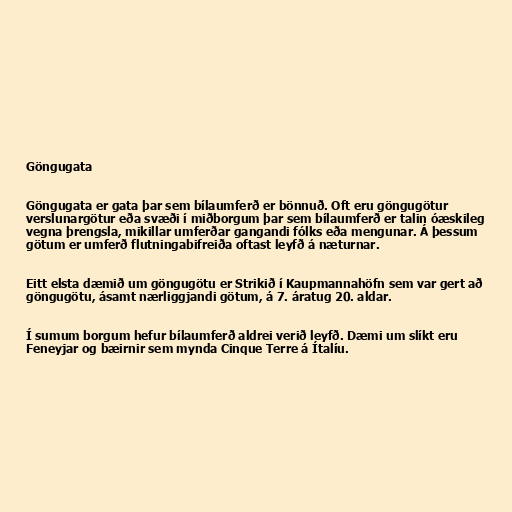
Göngugata

Göngugata er gata þar sem bílaumferð er bönnuð. Oft eru göngugötur
verslunargötur eða svæði í miðborgum þar sem bílaumferð er talin óæskileg
vegna þrengsla, mikillar umferðar gangandi fólks eða mengunar. Á þessum
götum er umferð flutningabifreiða oftast leyfð á næturnar.

Eitt elsta dæmið um göngugötu er Strikið í Kaupmannahöfn sem var gert að
göngugötu, ásamt nærliggjandi götum, á 7. áratug 20. aldar.

Í sumum borgum hefur bílaumferð aldrei verið leyfð. Dæmi um slíkt eru
Feneyjar og bæirnir sem mynda Cinque Terre á Ítalíu.